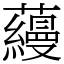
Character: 蘰